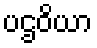
ပဌဝိယာ